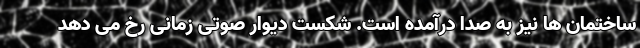
ساختمان ها نیز به صدا درآمده است. شکست دیوار صوتی زمانی رخ می دهد